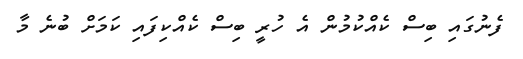
ފެނުގައި ބިސް ކެއްކުމުން އެ ހުރީ ބިސް ކެއްކިފައި ކަމަށް ބުނެ މާ